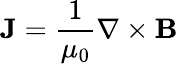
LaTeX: \mathbf{J}=\frac{1}{\mu_{0}}\nabla\times{\mathbf{B}}